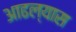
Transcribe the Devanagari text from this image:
आढल्यास